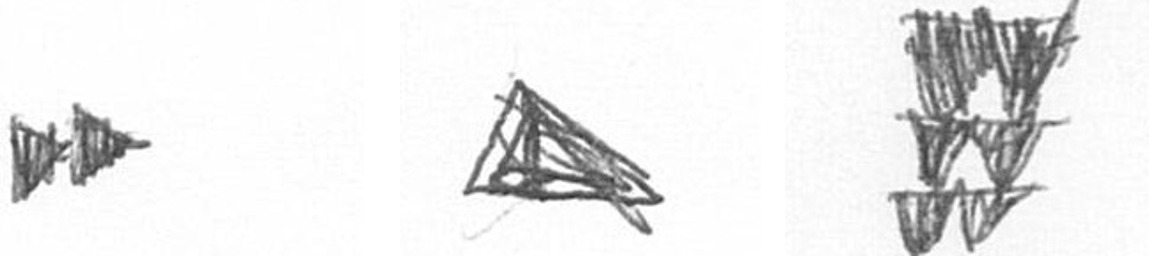
A O Y